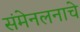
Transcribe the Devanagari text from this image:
संमेनलनाचे